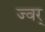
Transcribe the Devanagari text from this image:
ज्वर्